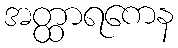
အတ္ထာရကေန